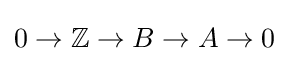
0\rightarrow \mathbb {Z} \rightarrow B\rightarrow A\rightarrow 0